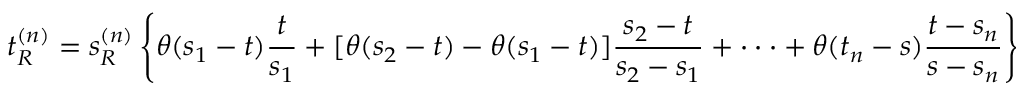
t _ { R } ^ { ( n ) } = s _ { R } ^ { ( n ) } \left\{ \theta ( s _ { 1 } - t ) { \frac { t } { s _ { 1 } } } + [ \theta ( s _ { 2 } - t ) - \theta ( s _ { 1 } - t ) ] { \frac { s _ { 2 } - t } { s _ { 2 } - s _ { 1 } } } + \cdot \cdot \cdot + \theta ( t _ { n } - s ) { \frac { t - s _ { n } } { s - s _ { n } } } \right\} .